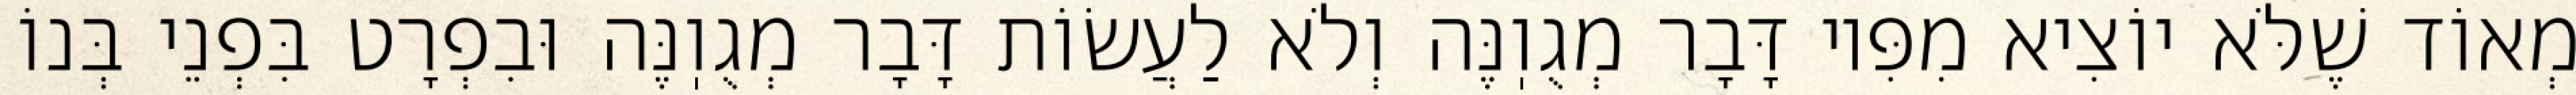
מְאוֹד שֶׁלֹּא יוֹצִיא מִפִּיו דָּבָר מְגֻוֽנֶּה וְלֹא לַעֲשׂוֹת דָּבָר מְגֻוֽנֶּה וּבִפְרָט בִּפְנֵי בְּנוֹ